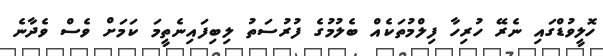
ހޮލީވުޑްގައި ނެރޭ ހުރިހާ ފިލްމުތަކެއް ބެލުމުގެ ފުރުސަތު ލިބިފައިނެތީމަ ކަމަށް ވެސް ވެދާނެ